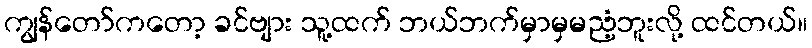
ကျွန်တော်ကတော့ ခင်ဗျား သူ့ထက် ဘယ်ဘက်မှာမှမညံ့ဘူးလို့ ထင်တယ်။